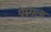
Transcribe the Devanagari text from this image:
पेरुमला